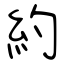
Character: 約